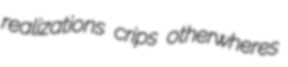
realizations crips otherwheres